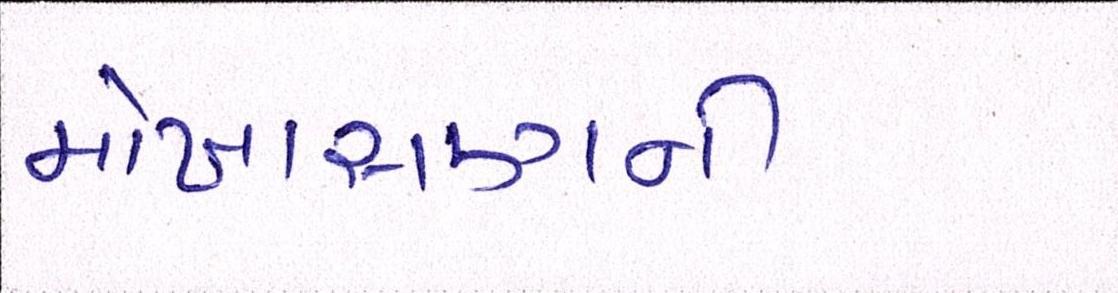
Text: મોખાસણની